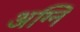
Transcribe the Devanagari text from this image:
अग्‍नि